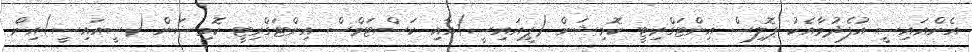
އެންއައިސީ އުފެދުމާއެކު ޕޮލިސް އިންޓަގްރިޓީ ކޮމިޝަން (ޕީއައިސީ)އާއި ކަސްޓަމްސް އިންޓަގްރިޓީ ކޮމިޝަން (ސީއައިސީ)އިން